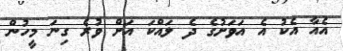
އެއާ އެކު އެ އަވަށުގެ ދެ ލައްކަ އަށް ވުރެ ގިނަ މީހުން